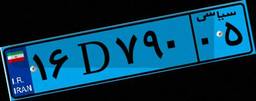
۱۶D۷۹۰۰۵